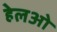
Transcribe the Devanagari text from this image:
हेलओ